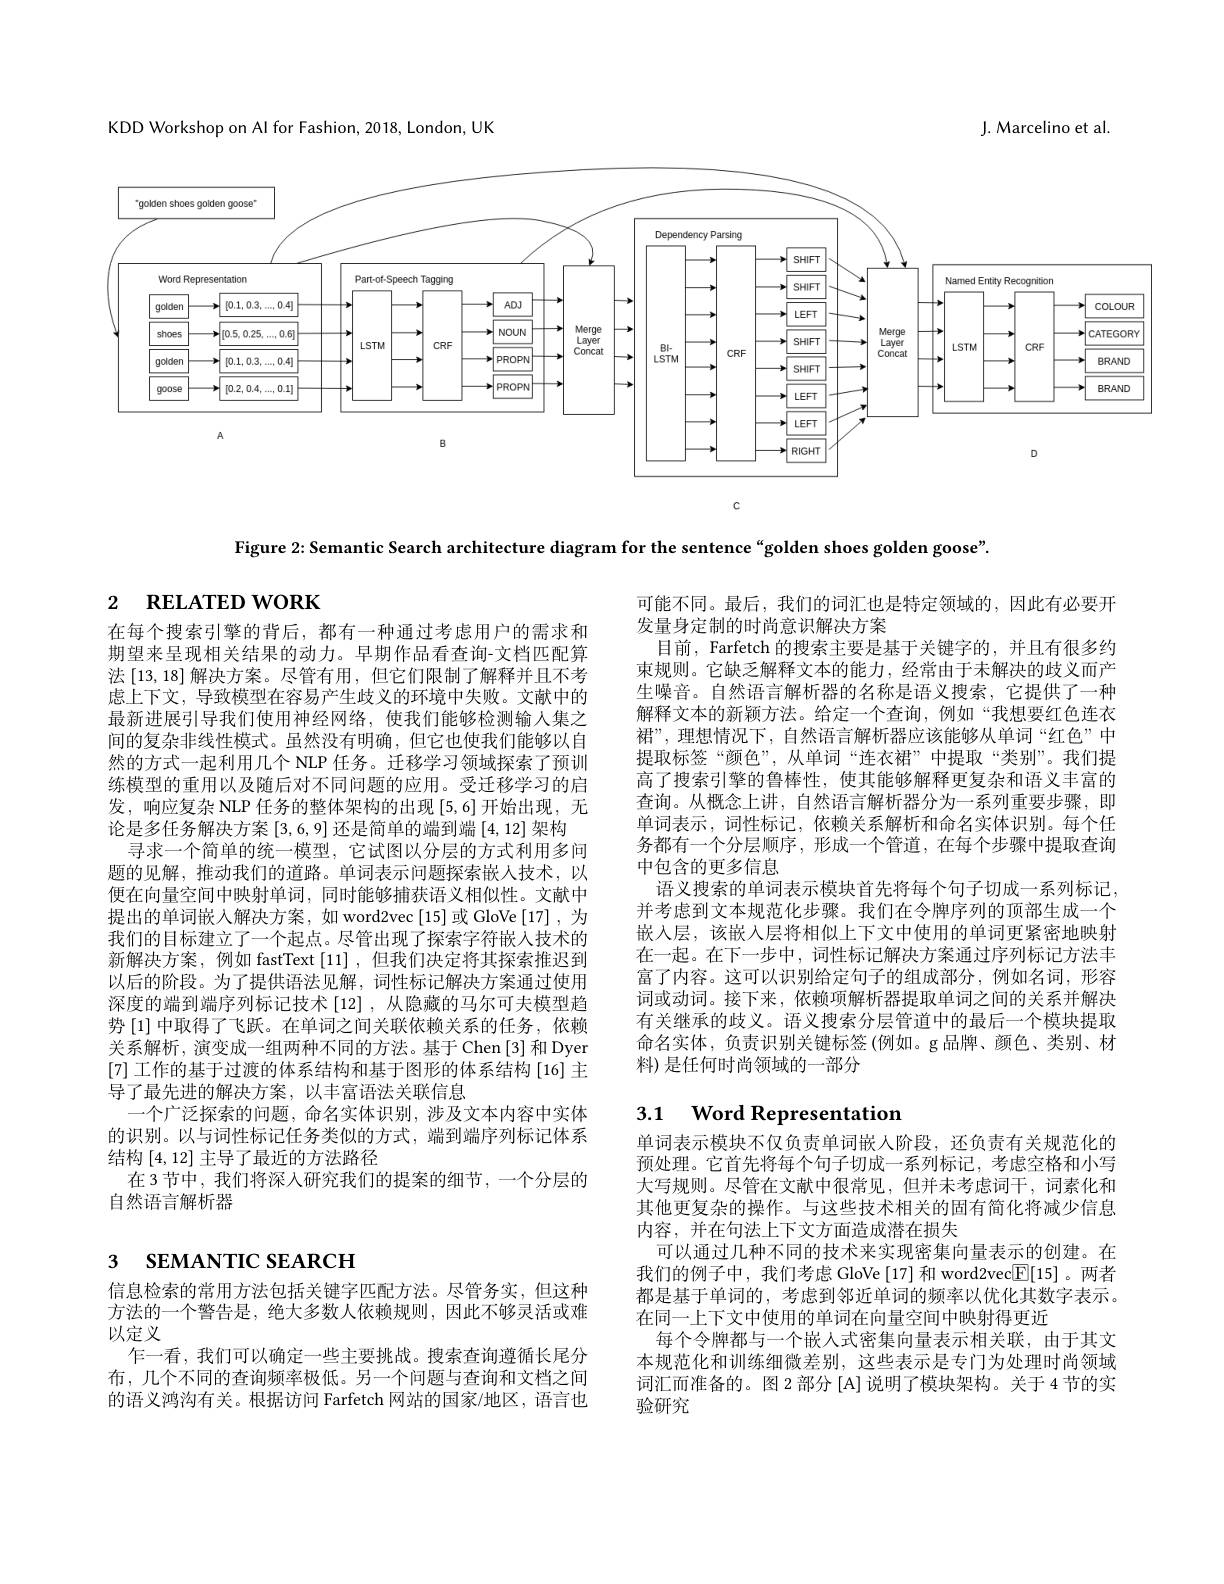
KDD Workshop on Al for Fashion, 2018, London, UK

J. Marcelino et al

<FigureHere>

Figure 2: Semantic Search architecture diagram for the sentence“golden shoes golden goose".

# 2 $\textbf{RELATED WORK}$

在每个搜索引擎的背后，都有一种通过考虑用户的需求和期望来呈现相关结果的动力。早期作品看查询-文档匹配算法[13,18]解决方案。尽管有用，但它们限制了解释并且不考虑上下文，导致模型在容易产生歧义的环境中失败。文献中的最新进展引导我们使用神经网络，使我们能够检测输人集之间的复杂非线性模式。虽然没有明确，但它也使我们能够以自然的方式一起利用几个 NLP 任务。迁移学习领域探索了预训练模型的重用以及随后对不同问题的应用。受迁移学习的启发，响应复杂 NLP 任务的整体架构的出现[5,6]开始出现，无论是多任务解决方案[3,6,9]还是简单的端到端[4,12]架构
寻求一个简单的统一模型，它试图以分层的方式利用多问题的见解，推动我们的道路。单词表示问题探索嵌人技术，以便在向量空间中映射单词，同时能够捕获语义相似性。文献中提出的单词嵌入解决方案，如 word2vec[15]或 GloVe[17],为我们的目标建立了一个起点。尽管出现了探索字符嵌入技术的新解决方案，例如 fastText[11],但我们决定将其探索推迟到以后的阶段。为了提供语法见解，词性标记解决方案通过使用深度的端到端序列标记技术[12] ,从隐藏的马尔可夫模型趋势 [1] 中取得了飞跃。在单词之间关联依赖关系的任务，依赖关系解析，演变成一组两种不同的方法。基于 Chen [3] 和 Dyer [7]工作的基于过渡的体系结构和基于图形的体系结构[16] 主导了最先进的解决方案，以丰富语法关联信息
一个广泛探索的问题，命名实体识别，涉及文本内容中实体的识别。以与词性标记任务类似的方式，端到端序列标记体系结构[4,12]主导了最近的方法路径
在 3 节中，我们将深人研究我们的提案的细节 , 一个分层的
自然语言解析器

# 3 SEMANTIC SEARCH

信息检索的常用方法包括关键字匹配方法。尽管务实，但这种方法的一个警告是，绝大多数人依赖规则，因此不够灵活或难以定义
乍一看，我们可以确定一些主要挑战。搜索查询遵循长尾分布，几个不同的查询频率极低。另一个问题与查询和文档之间的语义鸿沟有关。根据访问 Farfetch 网站的国家/地区，语言也

可能不同。最后，我们的词汇也是特定领域的，因此有必要开
发量身定制的时尚意识解决方案
目前，Farfetch 的搜索主要是基于关键字的，并且有很多约束规则。它缺乏解释文本的能力，经常由于未解决的歧义而产生噪音。自然语言解析器的名称是语义搜索，它提供了一种解释文本的新颖方法。给定一个查询，例如“我想要红色连衣裙”,理想情况下，自然语言解析器应该能够从单词“红色”中提取标签“颜色”,从单词“连衣裙”中提取“类别”。我们提高了搜索引擎的鲁棒性，使其能够解释更复杂和语义丰富的查询。从概念上讲，自然语言解析器分为一系列重要步骤，即单词表示，词性标记，依赖关系解析和命名实体识别。每个任务都有一个分层顺序，形成一个管道，在每个步骤中提取查询中包含的更多信息
语义搜索的单词表示模块首先将每个句子切成一系列标记。并考虑到文本规范化步骤。我们在令牌序列的顶部生成一个嵌入层，该嵌入层将相似上下文中使用的单词更紧密地映射在一起。在下一步中，词性标记解决方案通过序列标记方法丰富了内容。这可以识别给定句子的组成部分，例如名词，形容词或动词。接下来，依赖项解析器提取单词之间的关系并解决有关继承的歧义。语义搜索分层管道中的最后一个模块提取命名实体，负责识别关键标签(例如。g品牌、颜色、类别、材料)是任何时尚领域的一部分

# 3.1 Word Representation

单词表示模块不仅负责单词嵌人阶段，还负责有关规范化的预处理。它首先将每个句子切成一系列标记，考虑空格和小写大写规则。尽管在文献中很常见，但并未考虑词干，词素化和其他更复杂的操作。与这些技术相关的固有简化将减少信息内容，并在句法上下文方面造成潜在损失
可以通过几种不同的技术来实现密集向量表示的创建。在我们的例子中，我们考虑 GloVe[17] 和 word2vec$\boxed{\mathbb{F}}[15]$。两者都是基于单词的，考虑到邻近单词的频率以优化其数字表示。在同一上下文中使用的单词在向量空间中映射得更近
每个令牌都与一个嵌人式密集向量表示相关联，由于其文本规范化和训练细微差别，这些表示是专门为处理时尚领域词汇而准备的。图 2 部分 [A] 说明了模块架构。关于 4 节的实验研究